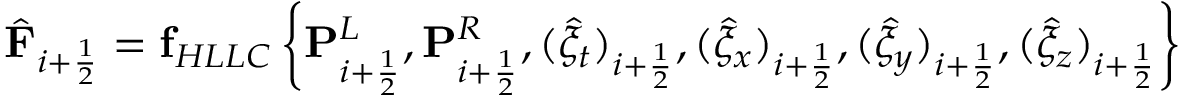
\hat { \mathbf { F } } _ { i + \frac { 1 } { 2 } } = \mathbf { f } _ { H L L C } \left\{ \mathbf { P } _ { i + \frac { 1 } { 2 } } ^ { L } , \mathbf { P } _ { i + \frac { 1 } { 2 } } ^ { R } , ( \hat { \xi } _ { t } ) _ { i + \frac { 1 } { 2 } } , ( \hat { \xi } _ { x } ) _ { i + \frac { 1 } { 2 } } , ( \hat { \xi } _ { y } ) _ { i + \frac { 1 } { 2 } } , ( \hat { \xi } _ { z } ) _ { i + \frac { 1 } { 2 } } \right\}